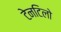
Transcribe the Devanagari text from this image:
टेनटिलो